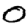
Digit: 0